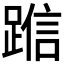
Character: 𬦿